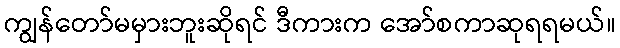
ကျွန်တော်မမှားဘူးဆိုရင် ဒီကားက အော်စကာဆုရရမယ်။